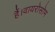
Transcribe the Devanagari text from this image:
हैं।वायरोसोम